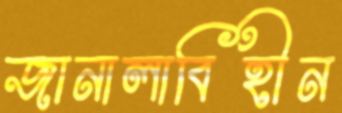
জানালাবিহীন